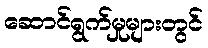
ဆောင်ရွက်မှုများတွင်